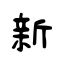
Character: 新